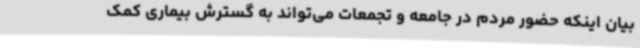
بیان اینکه حضور مردم در جامعه و تجمعات می‌تواند به گسترش بیماری کمک